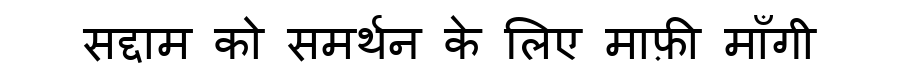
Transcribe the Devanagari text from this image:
सद्दाम को समर्थन के लिए माफ़ी माँगी